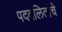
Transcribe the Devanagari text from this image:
पददलितांचे